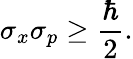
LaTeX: \sigma_{x}\sigma_{p}\geq{\frac{\hbar}{2}}.